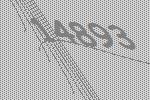
14893